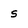
Character: s